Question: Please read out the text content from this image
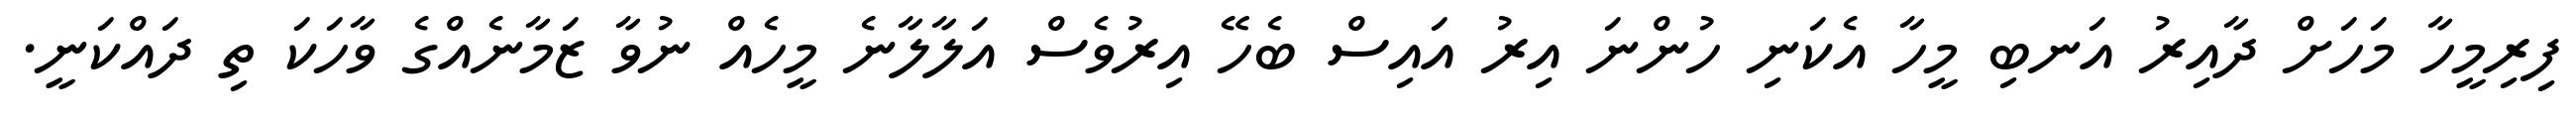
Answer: ފިރިމީހާ މަހަށް ދާއިރު އަނބި މީހާ އެކަނި ހުންނަ އިރު އައިސް ބެހޭ އިރުވެސް އަލާލާނެ މީހެއް ނުވާ ޒަމާނެއްގެ ވާހަކަ ތި ދައްކަނީ.